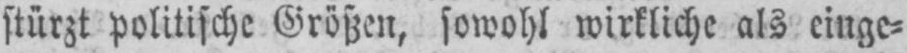
stürzt politische Größen, sowohl wirkliche als einge⸗